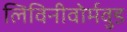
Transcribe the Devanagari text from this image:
लिविनीवोर्मवुड